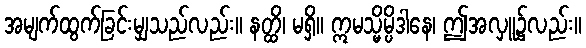
အမျက်ထွက်ခြင်းမျှသည်လည်း။ နတ္ထိ၊ မရှိ။ ဣမသ္မိမ္ပိဒါနေ၊ ဤအလှူ၌လည်း။